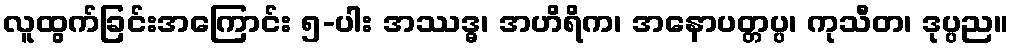
လူထွက်ခြင်းအကြောင်း ၅-ပါး အဿဒ္ဓ၊ အဟိရိက၊ အနောပတ္တပ္ပ၊ ကုသီတ၊ ဒုပ္ပည။